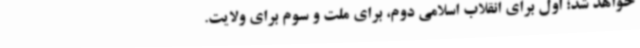
خواهد شد؛ اول برای انقلاب اسلامی دوم، برای ملت و سوم برای ولایت.